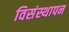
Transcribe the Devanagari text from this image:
विसंस्थापन